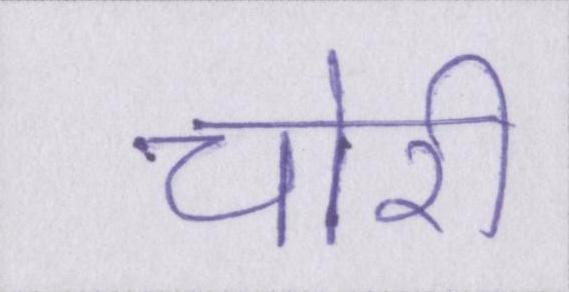
चोरी